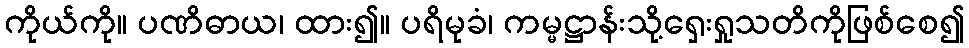
ကိုယ်ကို။ ပဏိဓာယ၊ ထား၍။ ပရိမုခံ၊ ကမ္မဋ္ဌာန်းသို့ရှေးရှုသတိကိုဖြစ်စေ၍